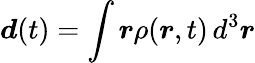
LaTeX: \boldsymbol{d}(t)=\int\boldsymbol{r}\rho(\boldsymbol{r},t)\, d^{3}\boldsymbol{r}